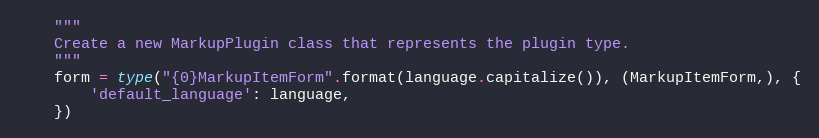
Language: Python
    """
    Create a new MarkupPlugin class that represents the plugin type.
    """
    form = type("{0}MarkupItemForm".format(language.capitalize()), (MarkupItemForm,), {
        'default_language': language,
    })